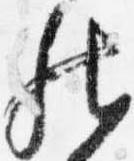
然